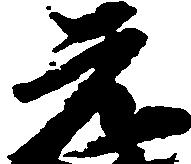
元